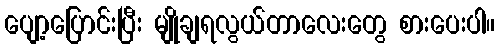
ပျော့ပြောင်းပြီး မျိုချရလွယ်တာလေးတွေ စားပေးပါ။